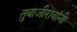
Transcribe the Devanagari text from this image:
तुबाजीरावांनी